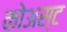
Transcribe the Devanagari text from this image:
कोअस्ट